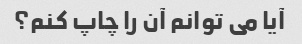
آیا می توانم آن را چاپ کنم؟